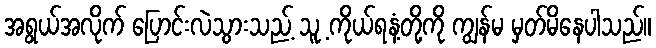
အရွယ်အလိုက် ပြောင်းလဲသွားသည့် သူ့ ကိုယ်ရနံ့တို့ကို ကျွန်မ မှတ်မိနေပါသည်။